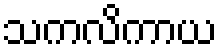
သကလိကာယ